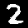
Label: 2